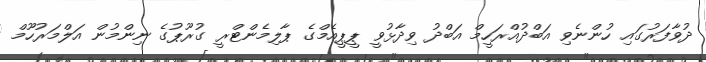
ދުވާފަރުގައި ހުންނެވި އަބްދުއްރަހީމް އަބްދު ވިދާޅުވީ ޕީޕީއެމްގެ ޕާލިމެންޓްރީ ގުރޫޕުގެ ނިންމުން އަލްމަރުހޫމް